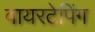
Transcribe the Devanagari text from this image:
वायरटेपिंग